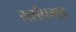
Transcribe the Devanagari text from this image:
यर्रापगड